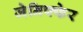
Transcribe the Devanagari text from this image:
जेनिफ्फेर